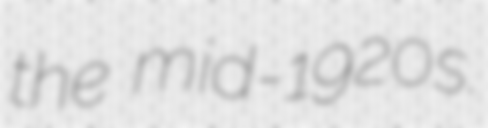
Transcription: the mid-1920s.